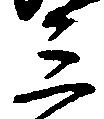
三